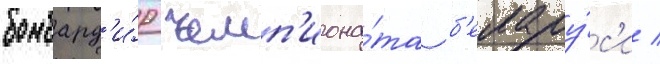
бомбард'и́р чемп'иона́та б'елару́с'и /